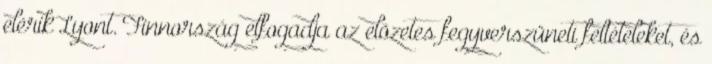
elérik Lyont. Finnország elfogadja az elõzetes fegyverszüneti feltételeket, és